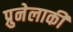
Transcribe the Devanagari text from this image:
प्रुनेलाकी